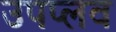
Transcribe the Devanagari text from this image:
उपप्लव